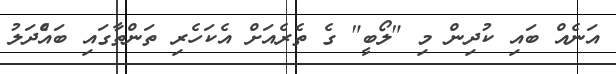
އަނެއް ބައި ކުދިން މި "ލޯބީ" ގެ ތެރެއަށް އެކަހެރި ތަންތާގައި ބައްެދަލު